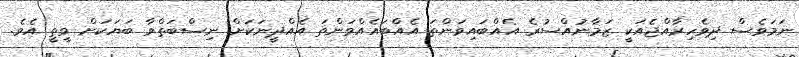
ނަމަވެސް ދިވެހިރާއްޖެއަކީ ޒަމާނުއްސުރެ އެއްބައިވަންތަ އެއްބައެއްވަންތަ އެއްދީނަކަށް ނިސްބަތްވާ ބަޔަކަށް ވީތީ އެވެ.